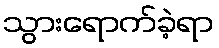
သွားရောက်ခဲ့ရာ